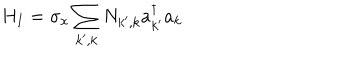
LaTeX: H _ { I } = \sigma _ { x } \sum _ { k ^ { \prime } , k } N _ { k ^ { \prime } , k } a _ { k ^ { \prime } } ^ { \dagger } a _ { k }